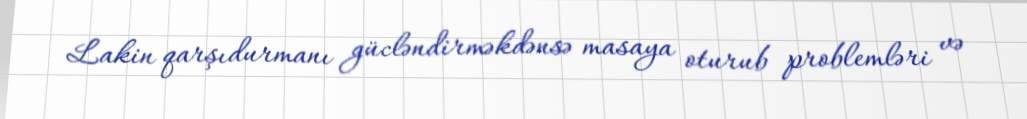
Lakin qarşıdurmanı gücləndirməkdənsə masaya oturub problemləri və